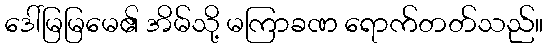
ဒေါ်မြမြမေ၏ အိမ်သို့ မကြာခဏ ရောက်တတ်သည်။